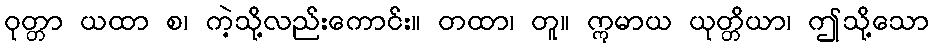
ဝုတ္တာ ယထာ စ၊ ကဲ့သို့လည်းကောင်း။ တထာ၊ တူ။ ဣမာယ ယုတ္တိယာ၊ ဤသို့သော